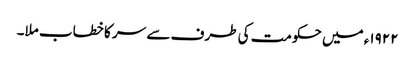
١٩٢٢ء میں حکومت کی طرف سے سر کا خطاب ملا۔